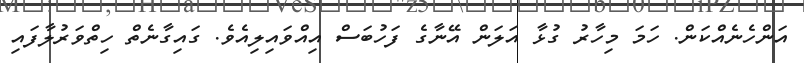
އަންހެނެއްކަން. ހަމަ މިހާރު ގުޅާ އަލަން އޭނާގެ ފަހުބަސް އިއްވައިލިއެވެ. ގައިގާނެތް ހިތްވަރުލާފައި